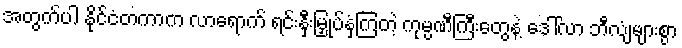
အတွက်ပါ နိုင်ငံတကာက လာရောက် ရင်းနှီးမြှုပ်နှံကြတဲ့ ကုမ္ပဏီကြီးတွေနဲ့ ဒေါ်လာ ဘီလျံများစွာ